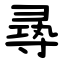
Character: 㝷